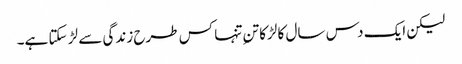
لیکن ایک دس سال کا لڑکا تنِ تنہا کس طرح زندگی سے لڑ سکتا ہے۔